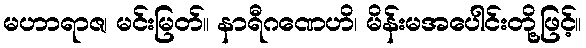
မဟာရာဇ၊ မင်းမြတ်။ နာရီဂဏေဟိ၊ မိန်းမအပေါင်းတို့ဖြင့်။